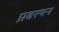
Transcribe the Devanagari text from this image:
प्रबरषन